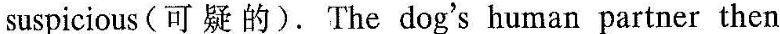
suspicious(可疑的).The dogs human partner then